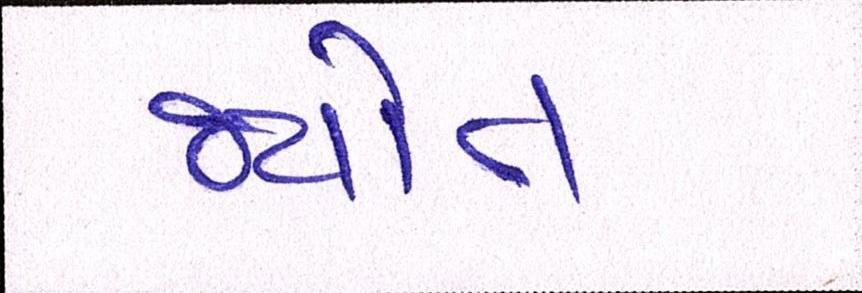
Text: જયોત